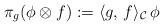
LaTeX: \begin{align*}\pi_g (\phi \otimes f) := \langle g , \, f \rangle_\mathcal{C} \, \phi\end{align*}